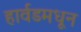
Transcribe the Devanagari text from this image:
हार्वडमधून